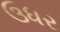
ઉધર